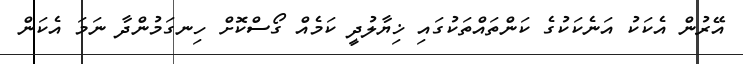
އޭރުން އެކަކު އަނެކަކުގެ ކަންތައްތަކުގައި ޚިޔާލުދީ ކަމެއް ގޯސްކޮށް ހިނގަމުންދާ ނަމަ އެކަން